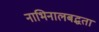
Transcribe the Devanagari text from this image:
नाभिनालबद्धता